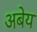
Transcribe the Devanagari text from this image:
अबेय